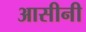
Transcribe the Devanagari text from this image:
आसीनी